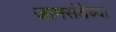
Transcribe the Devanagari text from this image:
जामसंडेच्या